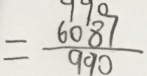
= \frac { 6 0 8 7 } { 9 9 0 }